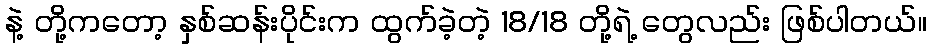
နဲ့ တို့ကတော့ နှစ်ဆန်းပိုင်းက ထွက်ခဲ့တဲ့ 18/18 တို့ရဲ့ တွေလည်း ဖြစ်ပါတယ်။